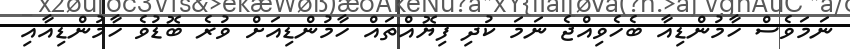
ނަމަވެސް ހާމުންޑިއާ ބެހެވިއްޖެ ނަމަ ކުދި ފިޔޮއްތައް ހާމުންޑިއަށް ވުރެ ބޮޑުވެ ހާމުންޑިއާއި